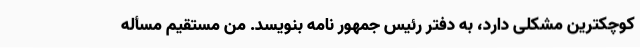
کوچکترین مشکلی دارد، به دفتر رئیس جمهور نامه بنویسد. من مستقیم مسأله